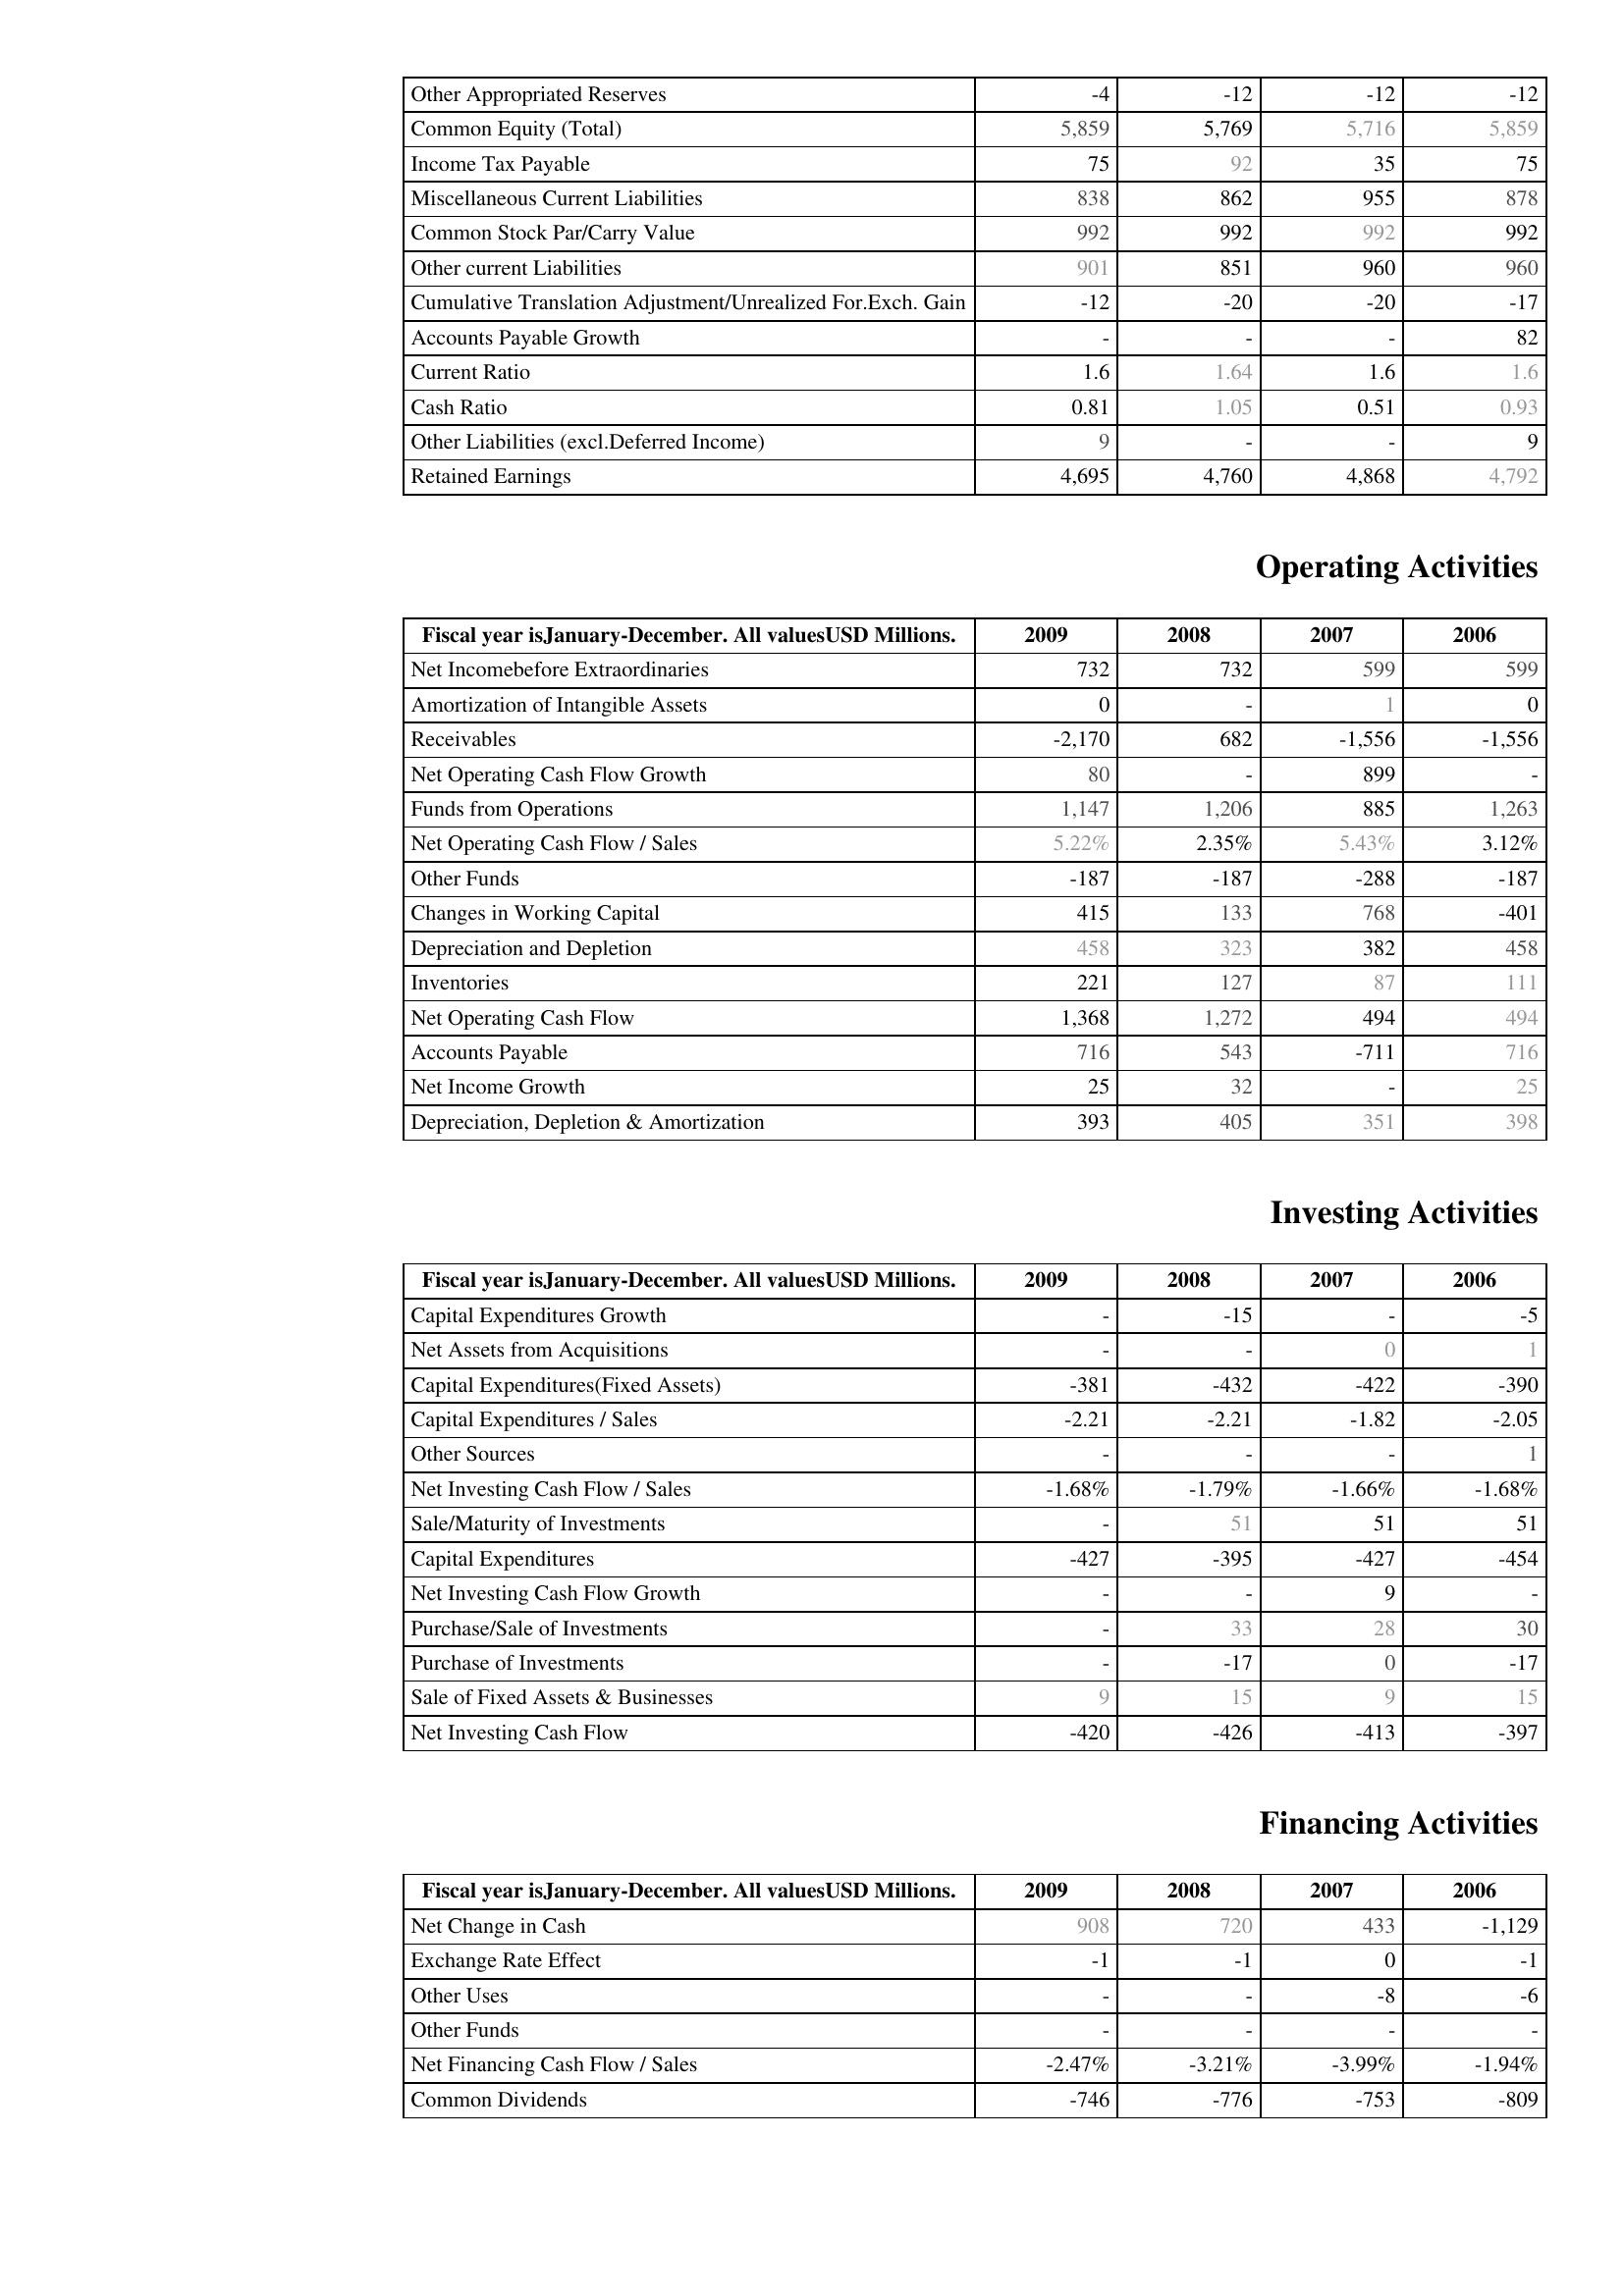
2009: Liabilities & Shareholder's Equity: Other Appropriated Reserves: -4
Common Equity (Total): 5,859
Income Tax Payable: 75
Miscellaneous Current Liabilities: 838
Common Stock Par/Carry Value: 992
Other current Liabilities: 901
Cumulative Translation Adjustment/Unrealized For.Exch. Gain: -12
Accounts Payable Growth: -
Current Ratio: 1.6
Cash Ratio: 0.81
Other Liabilities (excl.Deferred Income): 9
Retained Earnings: 4,695
Operating Activities: Net Incomebefore Extraordinaries: 732
Amortization of Intangible Assets: 0
Receivables: -2,170
Net Operating Cash Flow Growth: 80
Funds from Operations: 1,147
Net Operating Cash Flow / Sales: 5.22%
Other Funds: -187
Changes in Working Capital: 415
Depreciation and Depletion: 458
Inventories: 221
Net Operating Cash Flow: 1,368
Accounts Payable: 716
Net Income Growth: 25
Depreciation, Depletion & Amortization: 393
Investing Activities: Capital Expenditures Growth: -
Net Assets from Acquisitions: -
Capital Expenditures(Fixed Assets): -381
Capital Expenditures / Sales: -2.21
Other Sources: -
Net Investing Cash Flow / Sales: -1.68%
Sale/Maturity of Investments: -
Capital Expenditures: -427
Net Investing Cash Flow Growth: -
Purchase/Sale of Investments: -
Purchase of Investments: -
Sale of Fixed Assets & Businesses: 9
Net Investing Cash Flow: -420
Financing Activities: Net Change in Cash: 908
Exchange Rate Effect: -1
Other Uses: -
Other Funds: -
Net Financing Cash Flow / Sales: -2.47%
Common Dividends: -746
2008: Liabilities & Shareholder's Equity: Other Appropriated Reserves: -12
Common Equity (Total): 5,769
Income Tax Payable: 92
Miscellaneous Current Liabilities: 862
Common Stock Par/Carry Value: 992
Other current Liabilities: 851
Cumulative Translation Adjustment/Unrealized For.Exch. Gain: -20
Accounts Payable Growth: -
Current Ratio: 1.64
Cash Ratio: 1.05
Other Liabilities (excl.Deferred Income): -
Retained Earnings: 4,760
Operating Activities: Net Incomebefore Extraordinaries: 732
Amortization of Intangible Assets: -
Receivables: 682
Net Operating Cash Flow Growth: -
Funds from Operations: 1,206
Net Operating Cash Flow / Sales: 2.35%
Other Funds: -187
Changes in Working Capital: 133
Depreciation and Depletion: 323
Inventories: 127
Net Operating Cash Flow: 1,272
Accounts Payable: 543
Net Income Growth: 32
Depreciation, Depletion & Amortization: 405
Investing Activities: Capital Expenditures Growth: -15
Net Assets from Acquisitions: -
Capital Expenditures(Fixed Assets): -432
Capital Expenditures / Sales: -2.21
Other Sources: -
Net Investing Cash Flow / Sales: -1.79%
Sale/Maturity of Investments: 51
Capital Expenditures: -395
Net Investing Cash Flow Growth: -
Purchase/Sale of Investments: 33
Purchase of Investments: -17
Sale of Fixed Assets & Businesses: 15
Net Investing Cash Flow: -426
Financing Activities: Net Change in Cash: 720
Exchange Rate Effect: -1
Other Uses: -
Other Funds: -
Net Financing Cash Flow / Sales: -3.21%
Common Dividends: -776
2007: Liabilities & Shareholder's Equity: Other Appropriated Reserves: -12
Common Equity (Total): 5,716
Income Tax Payable: 35
Miscellaneous Current Liabilities: 955
Common Stock Par/Carry Value: 992
Other current Liabilities: 960
Cumulative Translation Adjustment/Unrealized For.Exch. Gain: -20
Accounts Payable Growth: -
Current Ratio: 1.6
Cash Ratio: 0.51
Other Liabilities (excl.Deferred Income): -
Retained Earnings: 4,868
Operating Activities: Net Incomebefore Extraordinaries: 599
Amortization of Intangible Assets: 1
Receivables: -1,556
Net Operating Cash Flow Growth: 899
Funds from Operations: 885
Net Operating Cash Flow / Sales: 5.43%
Other Funds: -288
Changes in Working Capital: 768
Depreciation and Depletion: 382
Inventories: 87
Net Operating Cash Flow: 494
Accounts Payable: -711
Net Income Growth: -
Depreciation, Depletion & Amortization: 351
Investing Activities: Capital Expenditures Growth: -
Net Assets from Acquisitions: 0
Capital Expenditures(Fixed Assets): -422
Capital Expenditures / Sales: -1.82
Other Sources: -
Net Investing Cash Flow / Sales: -1.66%
Sale/Maturity of Investments: 51
Capital Expenditures: -427
Net Investing Cash Flow Growth: 9
Purchase/Sale of Investments: 28
Purchase of Investments: 0
Sale of Fixed Assets & Businesses: 9
Net Investing Cash Flow: -413
Financing Activities: Net Change in Cash: 433
Exchange Rate Effect: 0
Other Uses: -8
Other Funds: -
Net Financing Cash Flow / Sales: -3.99%
Common Dividends: -753
2006: Liabilities & Shareholder's Equity: Other Appropriated Reserves: -12
Common Equity (Total): 5,859
Income Tax Payable: 75
Miscellaneous Current Liabilities: 878
Common Stock Par/Carry Value: 992
Other current Liabilities: 960
Cumulative Translation Adjustment/Unrealized For.Exch. Gain: -17
Accounts Payable Growth: 82
Current Ratio: 1.6
Cash Ratio: 0.93
Other Liabilities (excl.Deferred Income): 9
Retained Earnings: 4,792
Operating Activities: Net Incomebefore Extraordinaries: 599
Amortization of Intangible Assets: 0
Receivables: -1,556
Net Operating Cash Flow Growth: -
Funds from Operations: 1,263
Net Operating Cash Flow / Sales: 3.12%
Other Funds: -187
Changes in Working Capital: -401
Depreciation and Depletion: 458
Inventories: 111
Net Operating Cash Flow: 494
Accounts Payable: 716
Net Income Growth: 25
Depreciation, Depletion & Amortization: 398
Investing Activities: Capital Expenditures Growth: -5
Net Assets from Acquisitions: 1
Capital Expenditures(Fixed Assets): -390
Capital Expenditures / Sales: -2.05
Other Sources: 1
Net Investing Cash Flow / Sales: -1.68%
Sale/Maturity of Investments: 51
Capital Expenditures: -454
Net Investing Cash Flow Growth: -
Purchase/Sale of Investments: 30
Purchase of Investments: -17
Sale of Fixed Assets & Businesses: 15
Net Investing Cash Flow: -397
Financing Activities: Net Change in Cash: -1,129
Exchange Rate Effect: -1
Other Uses: -6
Other Funds: -
Net Financing Cash Flow / Sales: -1.94%
Common Dividends: -809